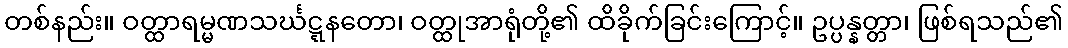
တစ်နည်း။ ဝတ္ထာရမ္မဏသင်္ဃဋ္ဋနတော၊ ဝတ္ထုအာရုံတို့၏ ထိခိုက်ခြင်းကြောင့်။ ဥပ္ပန္နတ္တာ၊ ဖြစ်ရသည်၏